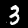
Label: 3